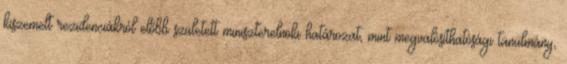
kiszemelt rezidenciákról előbb született miniszterelnöki határozat, mint megvalósíthatósági tanulmány,